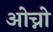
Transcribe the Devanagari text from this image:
ओच्नो